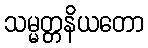
သမ္မတ္တနိယတော